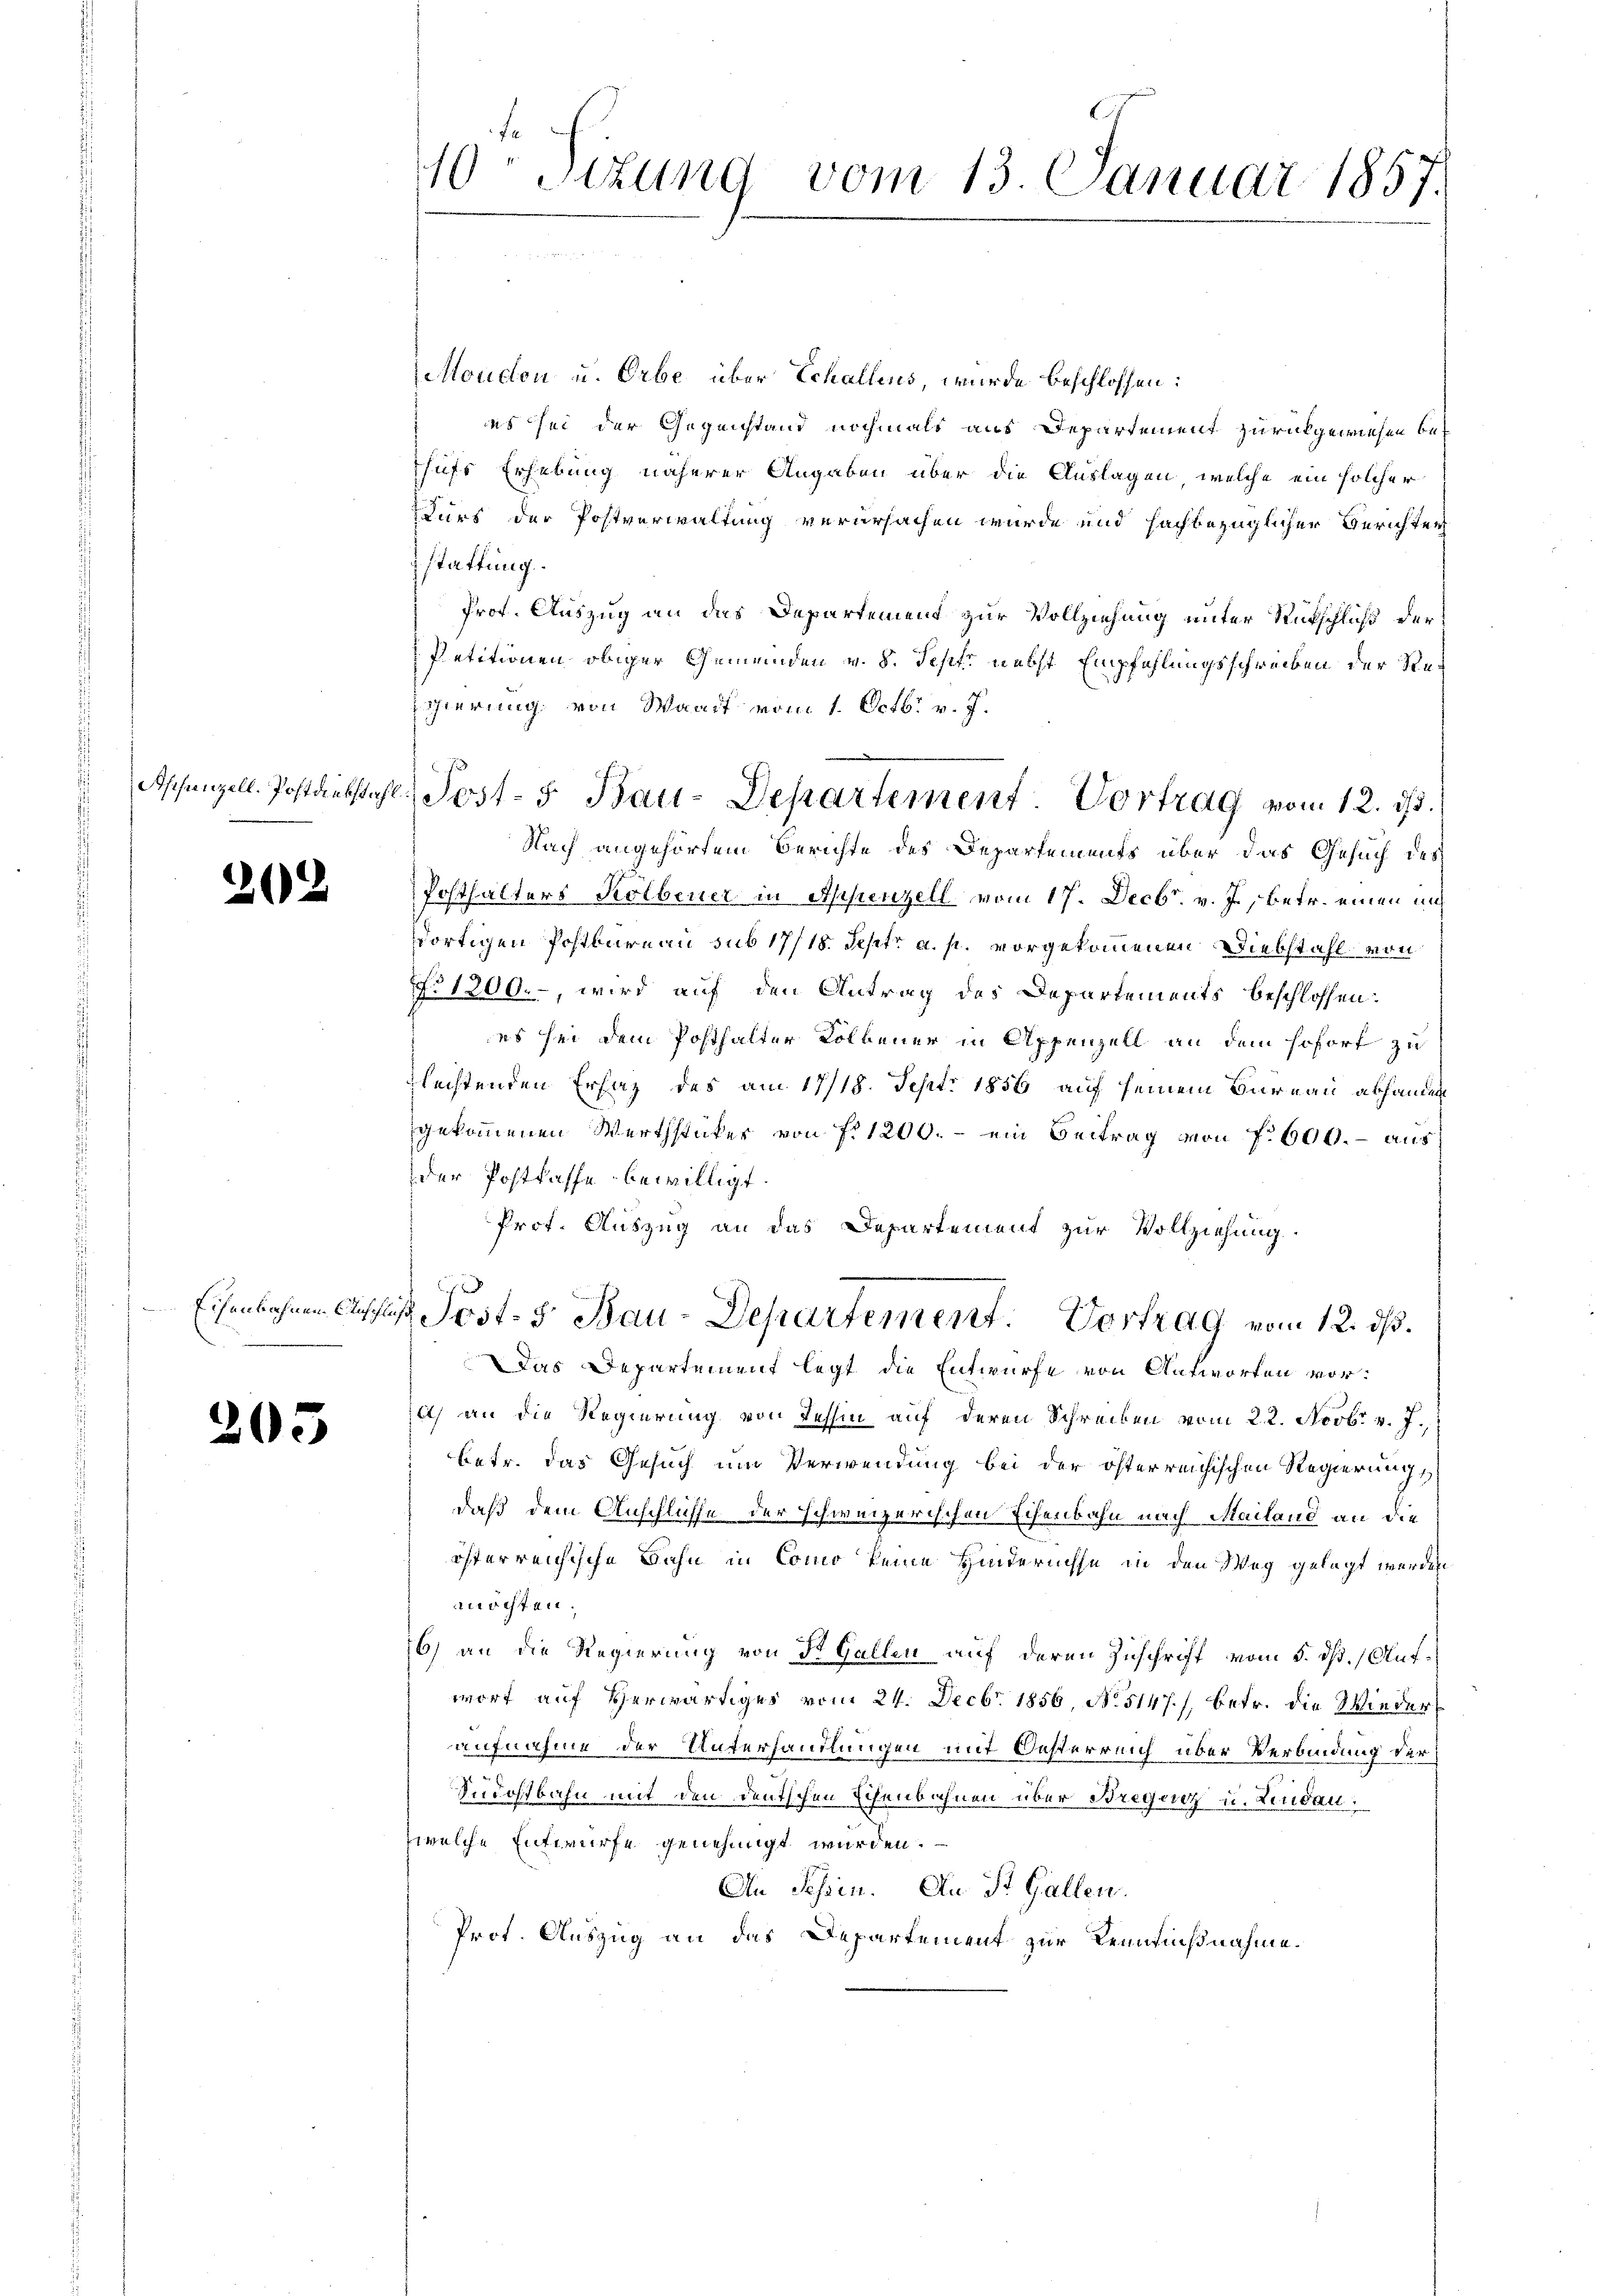
202

Eisenbahnen Ausch

1

s

5

40 Sizung vom 13. Januar 1857.

Moudon u. Orbe über Echallens, wurde beschlossen:
es sei der Gegenstand nochmals aus Departement zurückgewiesen behufs Erhebung näherer Angaben über die Auslagen, welche ein solcher
Kurs der Postverwaltung verursachen wurde und hachbezüglicher Berichten
stattung.
Prof. Auszug an das Departement zur Vollziehung unter Rückschluß der
Petitionen obiger Gemeinden v. 8. Sept. nebst Empfehlungsschreiben der Re¬
Egierung von Waadt vom 1. Octbr. v. J.
Nach angehörtem Berichte des Departements über das Gesuch des
Posthalters Kolbener in Appenzell vom 17. Decbr. v. J., betr. einen und
dortigen Postbare au sub 17/18. Sept. a. p. vorgekommenen Diebstahl von
N: 1200., wird auf den Antrag des Departements beschlossen:
es sei dem Posthalter Kolbauer in Appenzell an dem Hofort zu
flechtenden Ersaz des am 17/18. Sept. 1856 auf seinem Bureau abhanden
gekommenen Werthsticker von fr. 1200.- ein Beitrag von f. 600. aus
der Postkasse bewilligt.
Prot. Auszug an das Departement zur Vollziehung.
lich und
s Jost. S. Bau-Departement. Vortrag vom 12. ds.
Das Departement legt die Entwurfe von Antworten vori) an die Regierung von Tessin auf deren Schreiben vom 22. Novbr. v. J.,
betr. das Gesuch um Verwendung bei der österreichischen Regierung
daß dem Anschlüsse der schweizerischen Echenbahn nach Mailand an die
österreichische Bahn in Como keine Hindernisse in den Weg gelegt werden
möchten.
6) an die Regierung von St. Gallen auf deren Zuschrift vom 5. dß. Aufwort auf Herwärtiges vom 24. Decbr. 1856, No. 5147), betr. die Wiederaufnahme der Unterhandlungen mit Oesterreich über Verbindung der
Sudostbahn mit den deutschen Eisenbahnen über Bregung u. Lindau
zwelche Entwurfe genehmigt wurden.
An Schin. An St. Gallen.
Prot. Auszug an das Departement zur Kenntnißnahme.

Aschanzell. Postdiebstahl. Post- 5. Bau-Departement. Vortrag vom 12. ds.